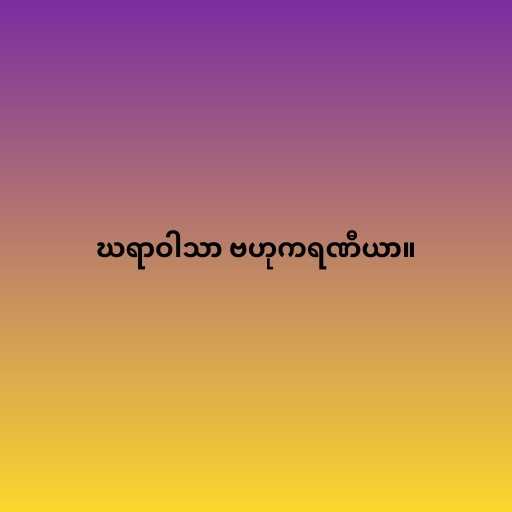
ဃရာဝါသာ ဗဟုကရဏီယာ။